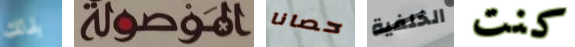
بذلك الموصولة حصانا الخلفية كنت